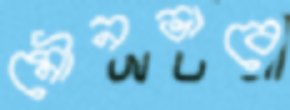
মৌনভাবে